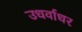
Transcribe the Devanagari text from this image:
उधर्वाधर